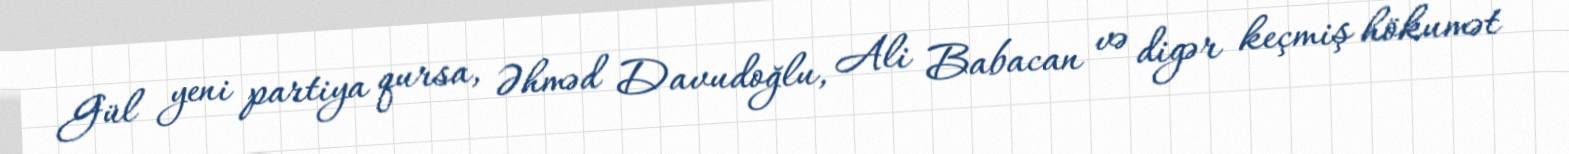
Gül yeni partiya qursa, Əhməd Davudoğlu, Ali Babacan və digər keçmiş hökumət